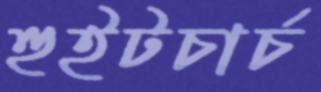
হুইটচার্চ